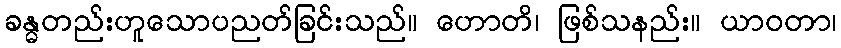
ခန္ဓတည်းဟူသောပညတ်ခြင်းသည်။ ဟောတိ၊ ဖြစ်သနည်း။ ယာဝတာ၊